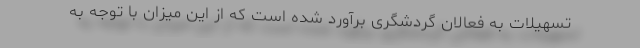
تسهیلات به فعالان گردشگری برآورد شده است که از این میزان با توجه به